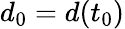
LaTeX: d_{0}=d(t_{0})